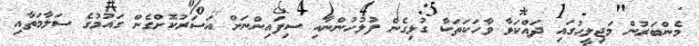
މެންބަރުން މަޖިލީހުގައި ދައްކަވާ ވާހަކަތަކާ ގުޅިގެން ފުލުހުންނާއި ސިފައިންނަށް އަސަރުކޮށްގެން ގައުމުގެ ސަލާމަތާއި